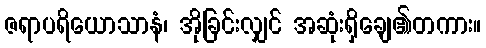
ဇရာပရိယောသာနံ၊ အိုခြင်းလျှင် အဆုံးရှိချေ၏တကား။